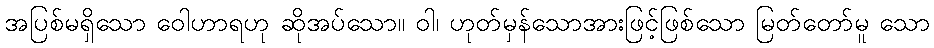
အပြစ်မရှိသော ဝေါဟာရဟု ဆိုအပ်သော။ ဝါ၊ ဟုတ်မှန်သောအားဖြင့်ဖြစ်သော မြတ်တော်မူ သော